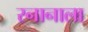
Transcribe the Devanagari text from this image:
स्नानाला